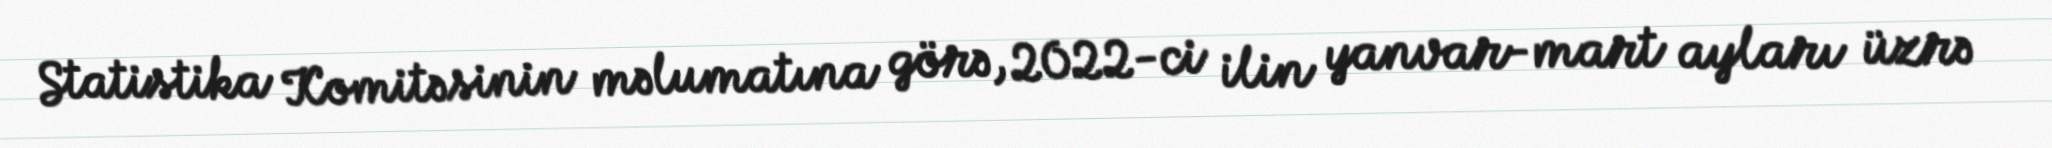
Statistika Komitəsinin məlumatına görə, 2022-ci ilin yanvar-mart ayları üzrə